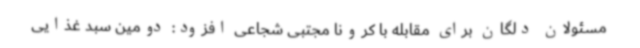
مسئولان دلگان برای مقابله با کرونا مجتبی شجاعی افزود: دومین سبد غذایی